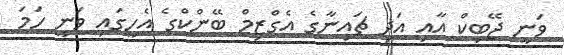
ވަނީ ޖޭބިކް އާއި އަދި ޗައިނާގެ އެގްޒިމް ބޭންކްގެ އެހީގައި ވަނީ ހަމަ